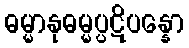
ဓမ္မာနုဓမ္မပ္ပဋိပန္နော